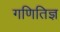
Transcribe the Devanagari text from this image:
गणितिज्ञ